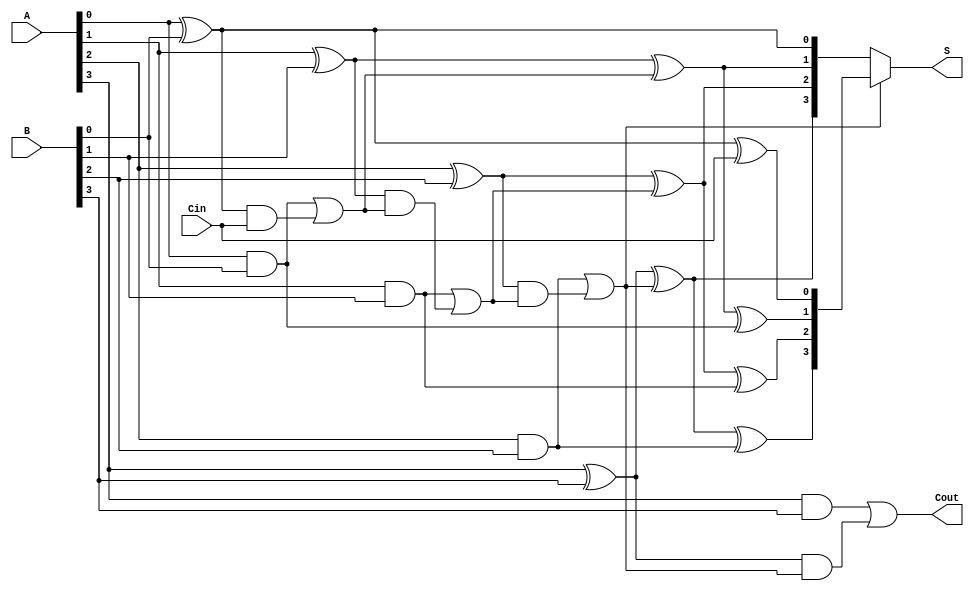
module ConditionalSumAdder #(parameter n = 4) (
    input  [n-1:0] A,    // n-bit input A
    input  [n-1:0] B,    // n-bit input B
    input         Cin,    // Carry input
    output [n-1:0] S,     // n-bit sum output
    output        Cout     // Carry output
);

// Intermediate signals
wire [n-1:0] S0, S1;    // Sums with and without carry
wire [n-1:0] Cg;        // Carry generate
wire [n-1:0] Cp;        // Carry propagate
wire [n-1:0] C;         // Carry signals for each stage

// Half Adder for least significant bit (LSB)
assign S0[0] = A[0] ^ B[0];
assign S1[0] = S0[0] ^ Cin;
assign Cg[0] = A[0] & B[0]; // Carry generated
assign Cp[0] = A[0] ^ B[0]; // Carry propagated
assign C[0] = Cg[0] | (Cp[0] & Cin); // Carry for next stage

// Full Adders for remaining bits
genvar i;
generate
    for (i = 1; i < n; i = i + 1) begin : CSA_bits
        assign S0[i] = A[i] ^ B[i] ^ C[i-1]; // Sum with previous carry
        assign S1[i] = S0[i] ^ Cg[i-1];      // Sum with carry generated from previous stage
        assign Cg[i] = A[i] & B[i];          // Carry generated
        assign Cp[i] = A[i] ^ B[i];          // Carry propagated
        assign C[i] = Cg[i] | (Cp[i] & C[i-1]); // Carry for next stage
    end
endgenerate

// Select the output sum based on the carry
assign S = (C[n-2] ? S1 : S0); // Select S1 if carry is generated
assign Cout = Cg[n-1] | (Cp[n-1] & C[n-2]); // Final carry-out

endmodule